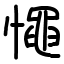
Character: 憴